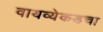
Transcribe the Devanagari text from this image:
वायव्येकडचा